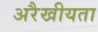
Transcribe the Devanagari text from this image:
अरैखीयता